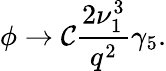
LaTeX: \phi\rightarrow\mathcal{C}\frac{{2\nu_{1}^{3}}}{{q^{2}}}\gamma_{5}.